Medical and sanitary report of the native army of Bengal for the year
Year: 1874
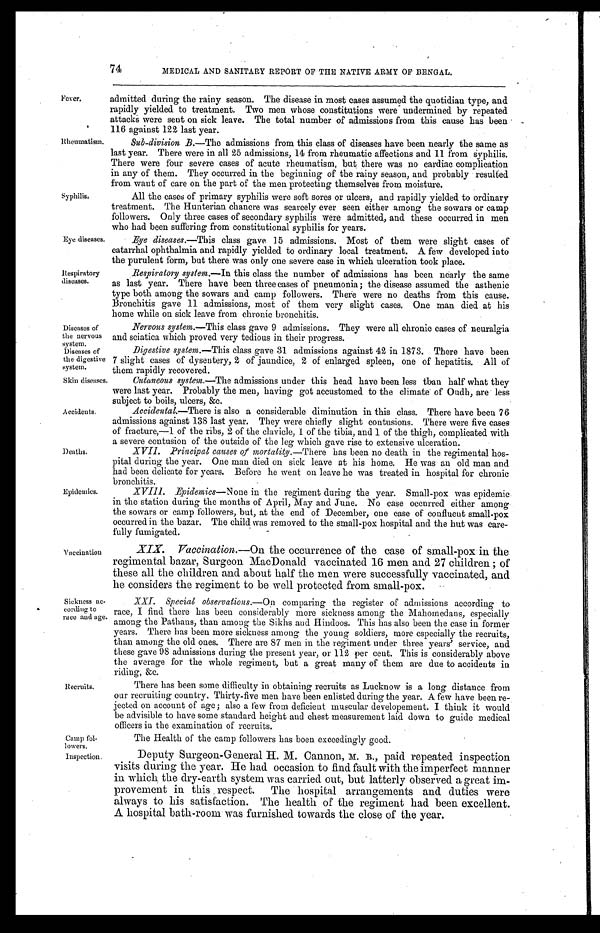
Diseases of
the nervous
system.
Diseases of
the digestive
system.
Camp fol-
lowers.
Inspection.
74
MEDICAL AND SANITARY REPORT OF THE NATIVE ARMY OF BENGAL.
Fever.
Rheumatism.
Syphilis.
Eye diseases.
Respiratory
diseases.
admitted during the rainy season. The disease in most cases assumed the quotidian type, and
rapidly yielded to treatment. Two men whose constitutions were undermined by repeated
attacks were sent on sick leave. The total number of admissions from this cause has been
116 against 122 last year.
Sub-division B .—The admissions from this class of diseases have been nearly the same as
last year. There were in all 25 admissions, 14 from rheumatic affections and 11 from syphilis.
There were four severe cases of acute rheumatism, but there was no cardiac complication
in any of them. They occurred in the beginning of the rainy season, and probably resulted
from want of care on the part of the men protecting themselves from moisture.
All the cases of primary syphilis were soft sores or ulcers, and rapidly yielded to ordinary
treatment. The Hunterian chancre was scarcely ever seen either among the sowars or camp
followers. Only three cases of secondary syphilis were admitted, and these occurred in men
who had been suffering from constitutional syphilis for years.
Eye diseases.—This class gave 15 admissions. Most of them were slight cases of
catarrhal ophthalmia and rapidly yielded to ordinary local treatment. A few developed into
the purulent form, but there was only one severe case in which ulceration took place.
Respiratory system.— In this class the number of admissions has been nearly the same
as last year. There have been three cases of pneumonia ; the disease assumed the asthenic
type both among the sowars and camp followers. There were no deaths from this cause.
Bronchitis gave 11 admissions, most of them very slight cases. One man died at his
home while on sick leave from chronic bronchitis.
Nervous system.—This class gave 9 admissions. They were all chronic cases of neuralgia
and sciatica which proved very tedious in their progress.
Digestive system.— This class gave 31 admissions against 42 in 1873. There have been
7 slight cases of dysentery, 2 of jaundice, 2 of enlarged spleen, one of hepatitis. All of
them rapidly recovered.
Skin diseases.
Accidents.
Deaths.
Epidemics.
Vaccination
Sickness ac-
cording to
race and age.
Recruits.
Cutaneous system.—The admissions under this head have been less than half what they
were last year. Probably the men, having got accustomed to the climate of Oudh, are less
subject to boils, ulcers, &c.
Accidental.—There is also a considerable diminution in this class. There have been 76
admissions against 138 last year. They were chiefly slight contusions. There were five cases
of fracture,—1 of the ribs, 2 of the clavicle, 1 of the tibia, and 1 of the thigh, complicated with
a severe contusion of the outside of the leg which gave rise to extensive ulceration.
XVII.
Principal causes of mortality.— There has been no death in the regimental hos-
pital during the year. One man died on sick leave at his home. He was an old man and
had been delicate for years. Before he went on leave he was treated in hospital for chronic
bronchitis.
XVIII.
Epidemics— None in the regiment during the year. Small-pox was epidemic
in the station during the months of April, May and June. No case occurred either among
the sowars or camp followers, but, at the end of December, one case of confluent small-pox
occurred in the bazar. The child was removed to the small-pox hospital and the hut was care-
fully fumigated.
XIX.
Vaccination.—On
the occurrence of the case of small-pox in the
regimental bazar, Surgeon MacDonald vaccinated 16 men and 27 children ; of
these all the children and about half the men were successfully vaccinated, and
he considers the regiment to be well protected from small-pox.
XXI.
Special observations.—On comparing the register of admissions according to
race, I find there has been considerably more sickness among the Mahomedans, especially
among the Pathans, than among the Sikhs and Hindoos. This has also been the case in former
years. There has been more sickness among the young soldiers, more especially the recruits,
than among the old ones. There are 87 men in the regiment under three years' service, and
these gave 98 admissions during the present year, or 112 per cent. This is considerably above
the average for the whole regiment, but a great many of them are due to accidents in
riding, &c.
There has been some difficulty in obtaining recruits as Lucknow is a long distance from
our recruiting country. Thirty-five men have been enlisted during the year. A few have been re
jected on account of age ; also a few from deficient muscular developement. I think it would
be advisible to have some standard height and chest measurement laid down to guide medical
officers in the examination of recruits.
The Health of the camp followers has boen exceedingly good.
Deputy Surgeon-General H. M. Cannon, M. B.,
paid repeated inspection
visits during the year. He had occasion to find fault with the imperfect manner
in which the dry-earth system was carried out, but latterly observed a great im-
provement in this respect. The hospital arrangements and duties were
always to his satisfaction. The health of the regiment had been excellent.
A hospital bath-room was furnished towards the close of the year.